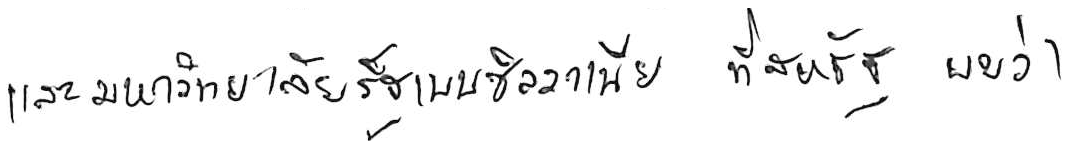
และมหาวิทยาลัยรัฐเพนซิลวาเนีย ที่สหรัฐ พบว่า